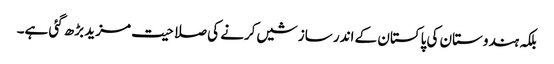
بلکہ ہندوستان کی پاکستان کے اندر سازشیں کرنے کی صلاحیت مزید بڑھ گئی ہے۔